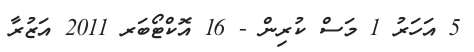
5 އަހަރު 1 މަސް ކުރިން - 16 އޮކްޓޯބަރ 2011 އަޒުރާ